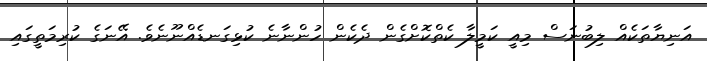
އަނިޔާތަކެއް ލިބުނަސް މިއީ ކަމީލާ ކެތްކޮށްގެން ދެކެން ހުންނާނެ ކުޅިގަނޑެއްނޫނެވެ. އޭނަގެ ކުރިމަތީގައި